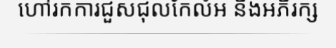
ហៅរកការជួសជុលកែលំអ និងអភិរក្ស